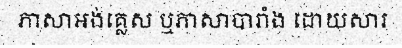
ភាសាអង់គ្លេស ឬភាសាបារាំង ដោយសារ